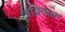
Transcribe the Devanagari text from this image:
अग्निनाल